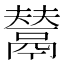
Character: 𩰿